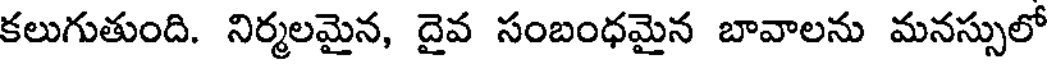
కలుగుతుంది. నిర్మలమైన, దైవ సంబంధమైన బావాలను మనస్సులో